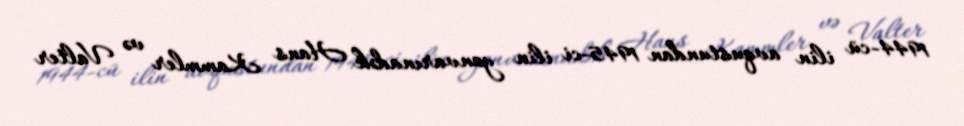
1944-cü ilin avqustundan 1945-ci ilin yanvarınadək Hans Kammler və Valter